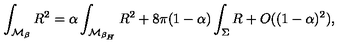
\int _ { { \cal M } _ { \beta } } R ^ { 2 } = \alpha \int _ { { \cal M } _ { \beta _ { H } } } R ^ { 2 } + 8 \pi ( 1 - \alpha ) \int _ { \Sigma } R + O ( ( 1 - \alpha ) ^ { 2 } ) ,